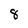
Character: 8